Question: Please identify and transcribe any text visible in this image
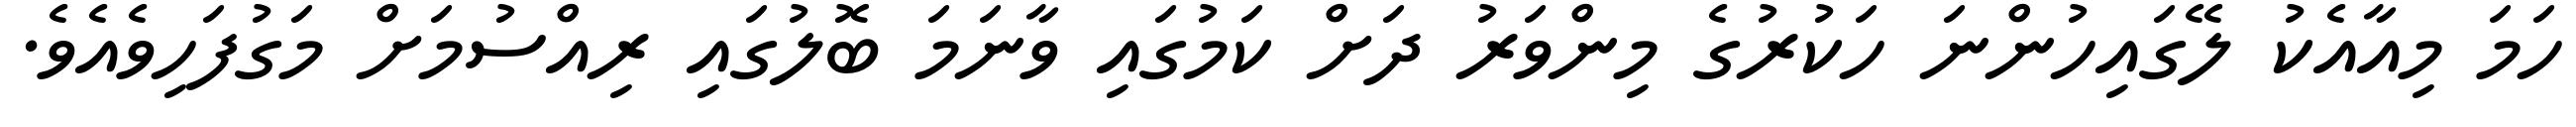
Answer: ހަމަ މިއާއެކު ލޭގައިހުންނަ ހަކުރުގެ މިންވަރު ދަށް ކަމުގައި ވާނަމަ ބޮލުގައި ރިއްސުމަށް މަގުފަހިވެއެވެ.